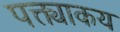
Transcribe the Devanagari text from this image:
पक्त्याकय